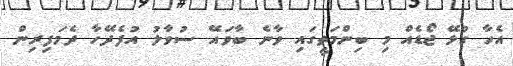
އެހާ ގުޅޭ ޖޯޑެއް މި ބިންމަތީގައި ވާނެ ބާވައޭ ސުވާލު އުފެދޭހާ ދެމަފިރިން